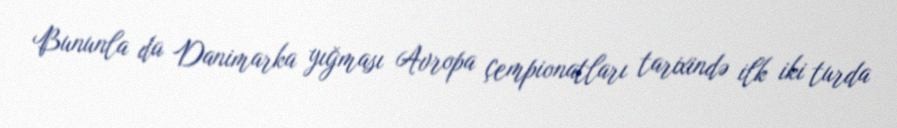
Bununla da Danimarka yığması Avropa çempionatları tarixində ilk iki turda